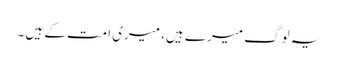
یہ لوگ میرے ہیں، میری امت کے ہیں۔